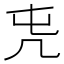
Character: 𠘸